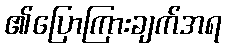
၏ပြောကြားချက်အရ